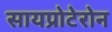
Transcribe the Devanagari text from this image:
सायप्रोटेरोन